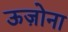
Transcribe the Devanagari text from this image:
ऊज़ोना